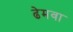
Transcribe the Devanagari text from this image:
ढेमवा